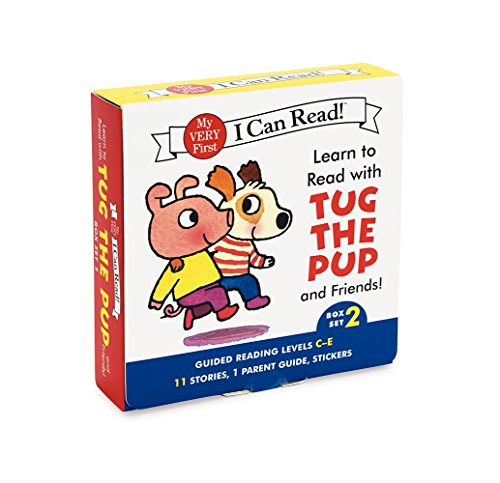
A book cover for Learn to Read with Tug the Pup and Friends! Box Set 2: Levels Included: C-E (My Very First I Can Read); Dr. Julie M. Wood; Children's Books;